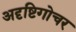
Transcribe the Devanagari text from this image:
अदृष्टिगोचर